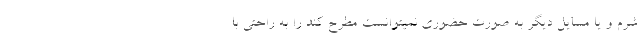
شرم و یا مسایل دیگر به صورت حضوری نمیتوانست مطرح کند را به راحتی با